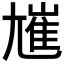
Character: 𡰋